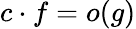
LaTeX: c\cdot f=o(g)